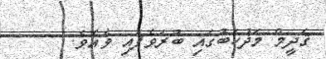
ޤަދީމް މަޛުހަބުގައި ބުރަވެފައި ވެއެވެ.